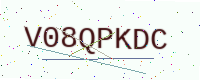
Text: V08QPKDC